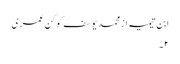
ابن تیمیہ از محمد یوسف کوکن عمری
٢۔